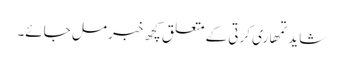
شاید تمھاری کرتی کے متعلق کچھ خبر مل جائے۔